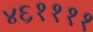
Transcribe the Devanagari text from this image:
४६११११